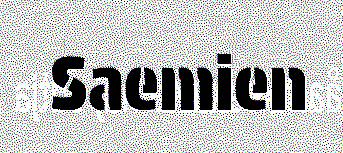
Saemien